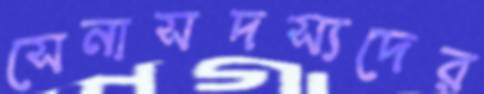
সেনাসদস্যদের